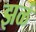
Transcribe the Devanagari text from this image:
झळं